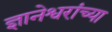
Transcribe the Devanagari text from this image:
ज्ञानेश्वरांंच्या